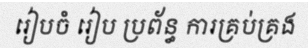
រៀបចំ រៀប ប្រព័ន្ធ ការគ្រប់គ្រង